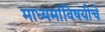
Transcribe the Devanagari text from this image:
माध्यमांविषयीचे